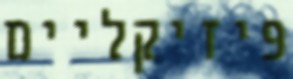
פיזיקליים